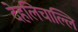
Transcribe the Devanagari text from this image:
देहलिचाल्लि